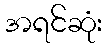
အရင်ဆုံး